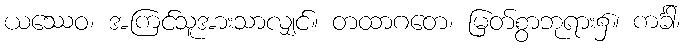
ယဿေဝ၊ အကြင်သူအားသာလျှင်။ တထာဂတေ၊ မြတ်စွာဘုရား၌။ ကင်္ခါ၊